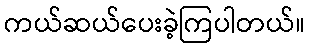
ကယ်ဆယ်ပေးခဲ့ကြပါတယ်။